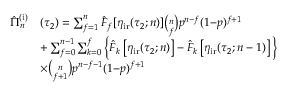
\begin{array} { r l } { \hat { \Pi } _ { n } ^ { \mathrm { ( i ) } } } & { ( \tau _ { 2 } ) = \sum _ { f = 1 } ^ { n } \hat { F } _ { f } [ \eta _ { \mathrm { i r } } ( \tau _ { 2 } ; n ) ] \binom { n } { f } p ^ { n - f } ( 1 { - } p ) ^ { f + 1 } } \\ & { + \sum _ { f = 0 } ^ { n - 1 } \sum _ { k = 0 } ^ { f } \Big \{ \hat { F } _ { k } \left[ \eta _ { \mathrm { i r } } ( \tau _ { 2 } ; n ) \right] - \hat { F } _ { k } \left[ \eta _ { \mathrm { i r } } ( \tau _ { 2 } ; n - 1 ) \right] \Big \} } \\ & { \times \binom { n } { f + 1 } p ^ { n - f - 1 } ( 1 { - } p ) ^ { f + 1 } } \end{array}